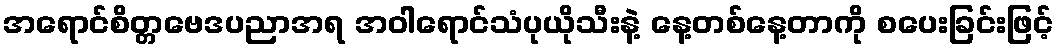
အရောင်စိတ္တဗေဒပညာအရ အဝါရောင်သံပုယိုသီးနဲ့ နေ့တစ်နေ့တာကို စပေးခြင်းဖြင့်